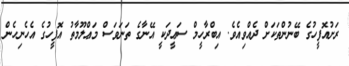
ރަށުއޮފީހުގެ ބޭނުންތަކަށް ދެއްވިއެވެ. އިބްރާހީމް ސަޢީދަކީ އޭނާގެ ތަނަވަސް މަޢްލޫމާތު އޮފީހުގެ އެހެނިހެން